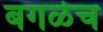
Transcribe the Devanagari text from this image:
बगळेच